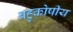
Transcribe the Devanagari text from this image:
बहुकोषीय